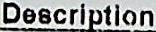
DESCRIPTION